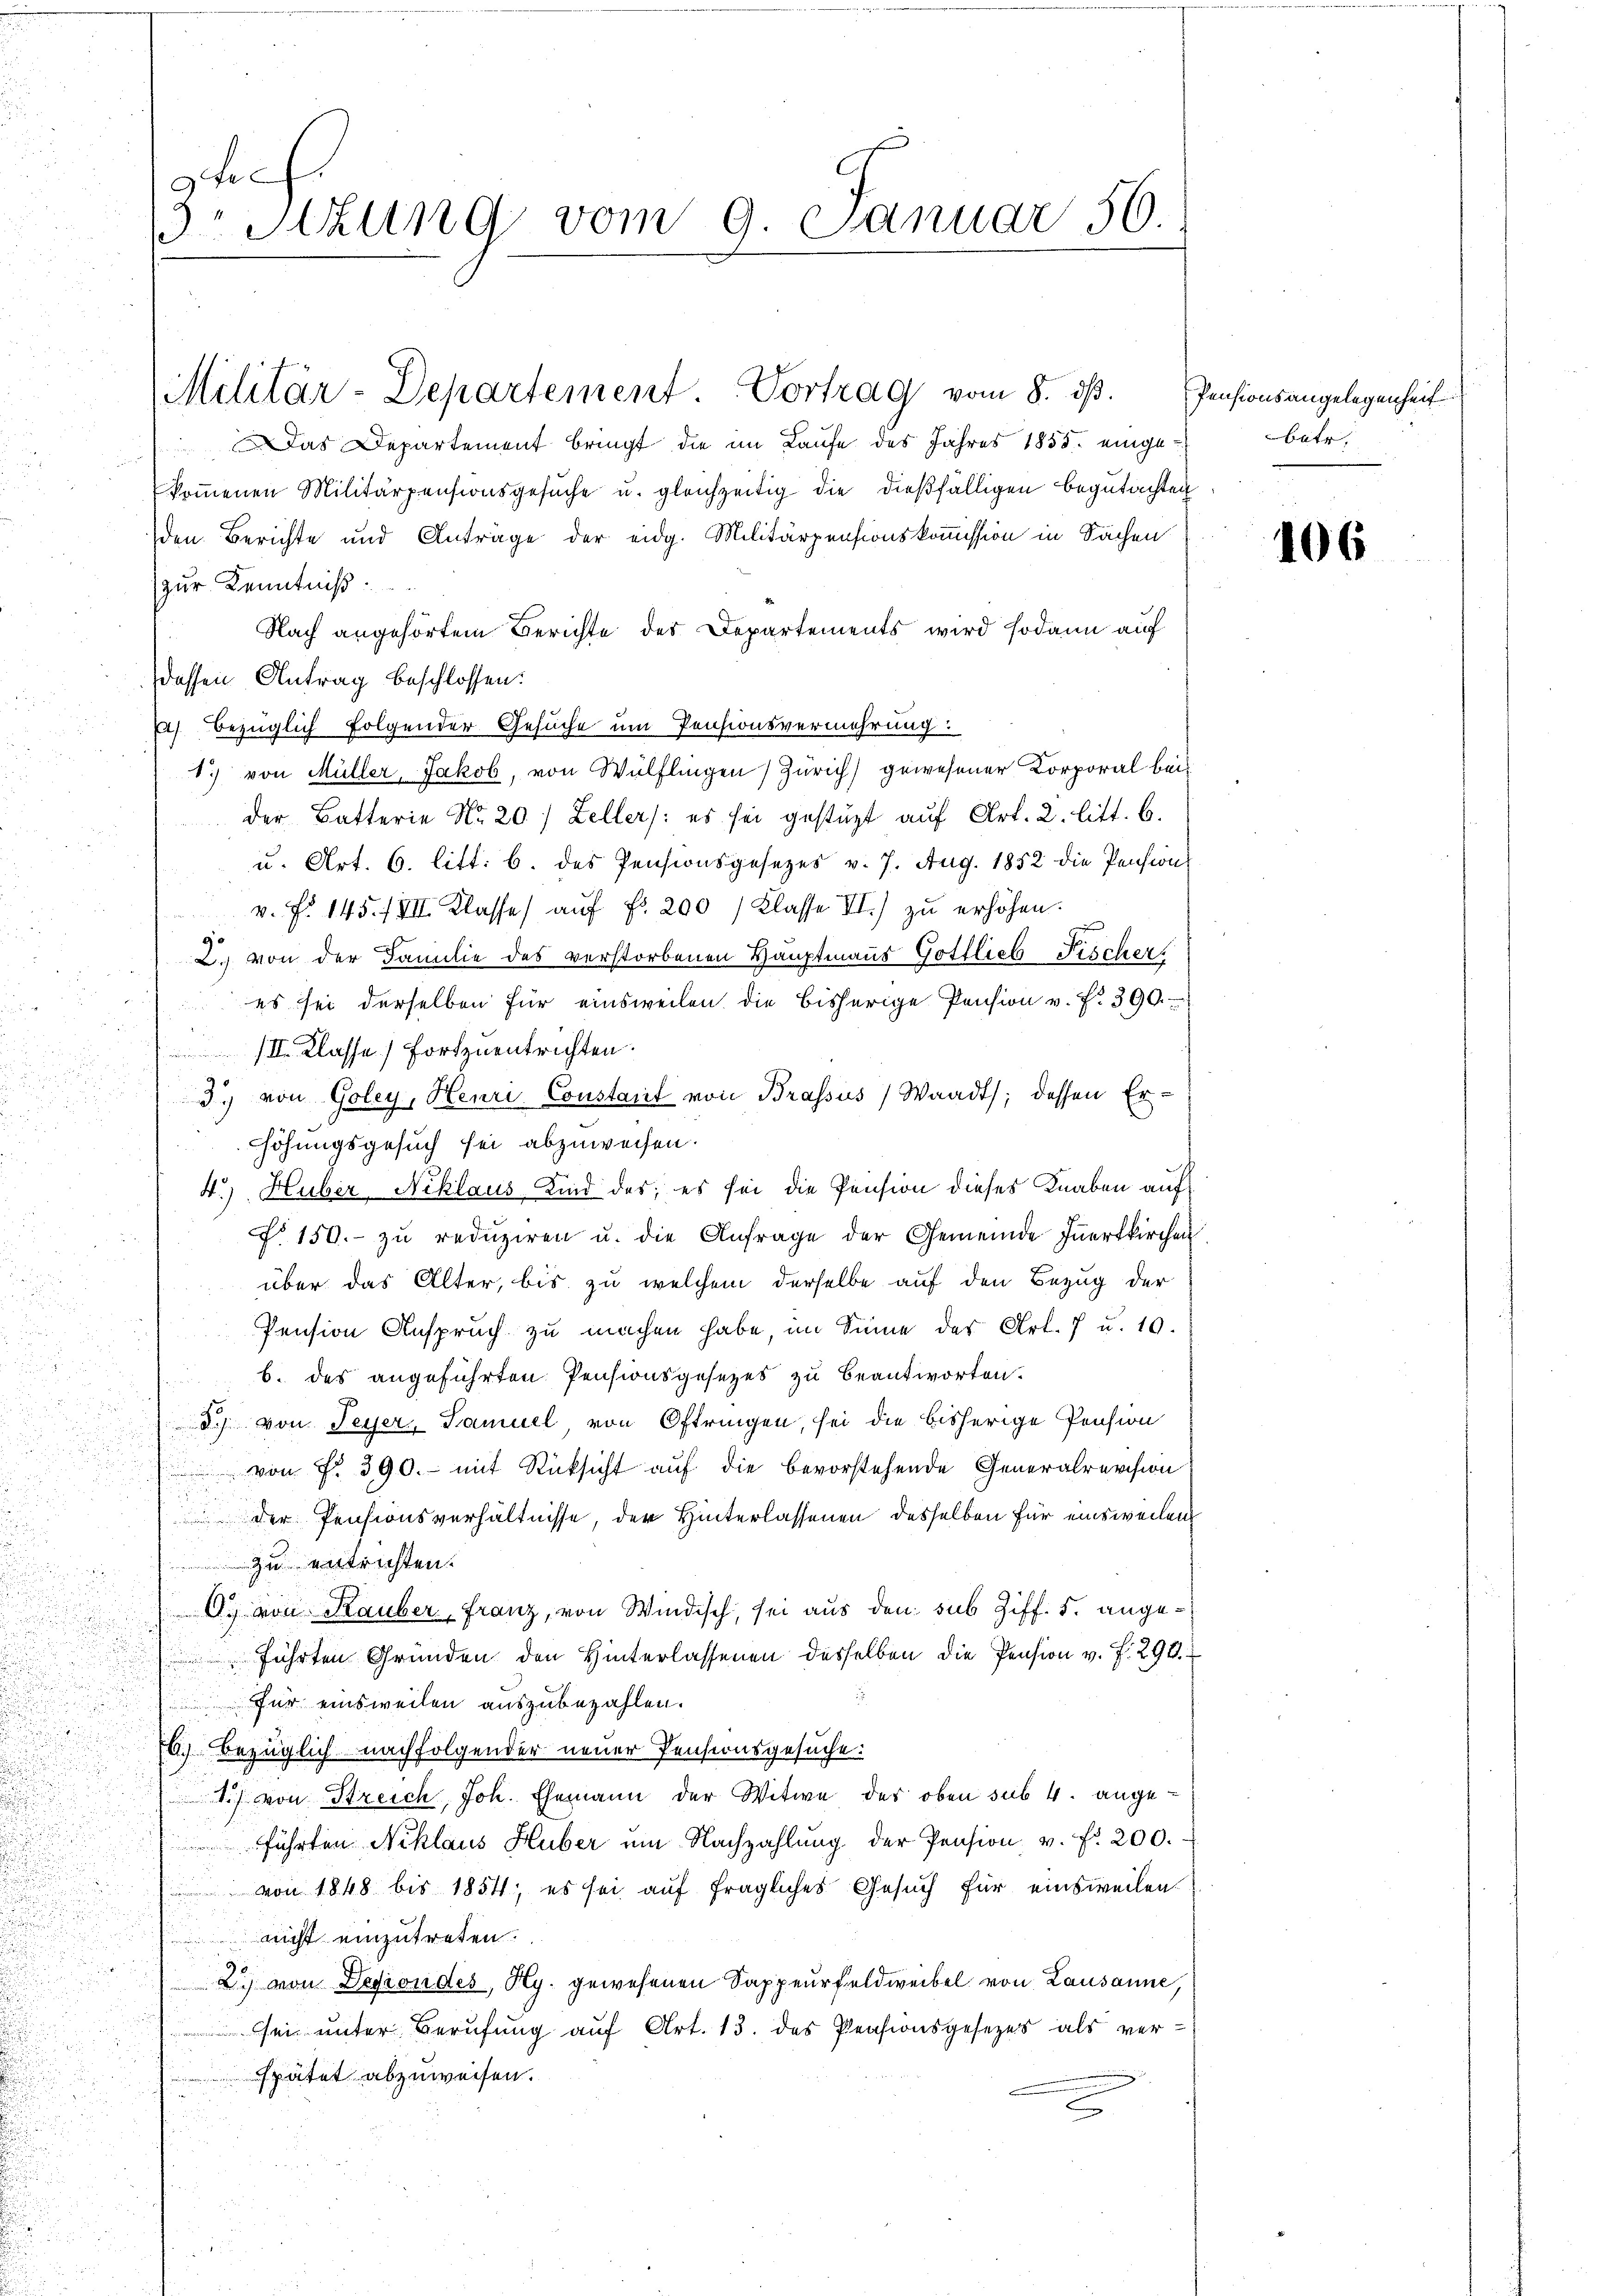
Das Departement bringt die im Laufe des Jahres 1855. eingekoṁenen Militärpensionsgesŭche u. gleichzeitig die dießfälligen begutachten
den Berichte und Anträge der eidg. Militärpensionskommission in Sachen
zur Kenntniß:
J
Nach angehörtem Berichte des Departements wird sodann auf
dessen Antrag beschlossen:
2) bezüglich folgender Gesuche um Pensionsvermehrung:
1) von Müller, Jakob, von Wülflingen Zürich) gewesener Korporal beider Batterie No. 20) Zellers: es sei gestüzt auf Art. 2. litt. b.
u. Art. 6. litt: b. des Pensionsgesezes v. 7. Aug. 1852 die Pension
v. Fr. 145./VII. Klasse auf Fr. 200 Klasse II.) zu erhöhen.
90
.) von der Familie des verstorbenen Hauptmanns Gottlieb Fischer
 es sei derselben für einsweilen die bisherige Pension v. f. 390.

III. Klasse Fortzuentrichten.
.
3. von Goley, Henri Coustant von Brassus (Waadt, dessen Erhöhungsgesuch sei abzuweisen.
4.) Huber, Niklaus Kind des; es sei die Pension dieses Knaben auf
No. 150. zu reduziren u. die Anfrage der Gemeinde Innertkirchen
über das Alter, bis zu welchem derselbe auf den Bezug der
Pension Anspruch zu machen habe, im Sinne der Art. 7 u. 10.
b. des angeführten Pensionsgesetzes zu beantworten.
S. von Seyer, Samuel, von Oftringen, sei die bisherige Pension
von Fr. 390. - mit Rücksicht auf die bevorstehende Generalrevision
 der Pensionsverhältnisse, der Hinterlassenen desselben für einsweilen
zu entrichten.
2
O. von Rauber, Franz, von Windisch, sei aus den sub Ziff. 5. ange¬
 führten Gründen den Hinterlassenen desselben die Pension v. f. 294.
für einsweilen auszubezahlen.
6.) Bezüglich nachfolgender neuer Pensionsgesuche:
1) von Streich, Joh. Ehemann der Witwe der oben sub. 4. angeführten Niklaus Huber um Nachzahlŭng der Pension v. fr. 200.
von 1848 bis 1854; es sei auf fragliches Gesuch für einsweilen
nicht einzutreten.
2.) von Degiondes, Hy. gewesenen Sappeurfeldweibel von Lausanne,
sei unter Berufung auf Art. 13. des Pensionsgesezes als verspätet abzuweisen.

9fr
Stzung vom 9. Januar 56.

Militär-Departement Vortrag vom 8. ds.

Pensionsangelegenheit
batr.

106